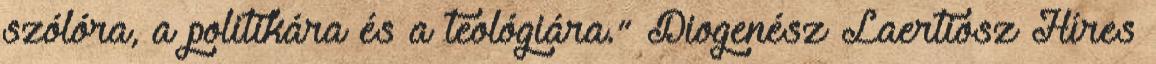
szólóra, a politikára és a teológiára.” Diogenész Laertiosz Híres